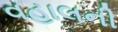
વહાલની